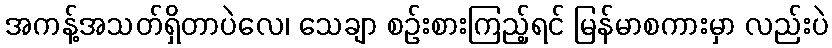
အကန့်အသတ်ရှိတာပဲလေ၊ သေချာ စဉ်းစားကြည့်ရင် မြန်မာစကားမှာ လည်းပဲ